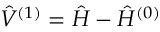
\hat { V } ^ { ( 1 ) } = \hat { H } - \hat { H } ^ { ( 0 ) }